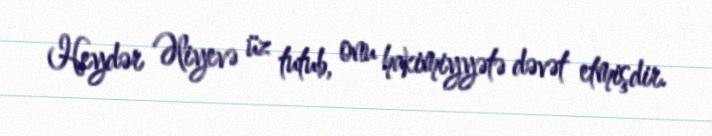
Heydər Əliyevə üz tutub, onu hakimiyyətə dəvət etmişdir.